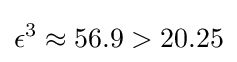
\epsilon ^{3}\approx 56.9>20.25